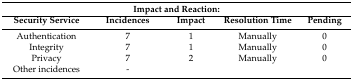
| <COLSPAN=5> Impact and Reaction: |
 | Security Service | Incidences | Impact | Resolution Time | Pending |
 | --- | --- | --- | --- | --- |
 | Authentication | 7 | 1 | Manually | 0 |
 | Integrity | 7 | 1 | Manually | 0 |
 | Privacy | 7 | 2 | Manually | 0 |
 | Other incidences | - |  |  |  |